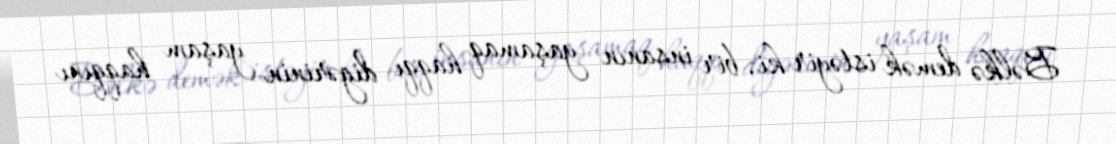
Bəlkə demək istəyir ki, bir insanın yaşamaq haqqı digərinin yaşam haqqını